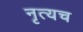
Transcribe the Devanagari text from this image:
नृत्यच